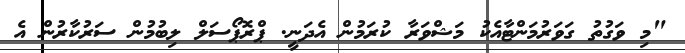
"މި ވަގުތު ގަވަރުމަންޓާއެކު މަޝްވަރާ ކުރަމުން އެދަނީ. ޕްރޮޕޯސަލް ލިބުމުން ސަރުކާރުން އެ